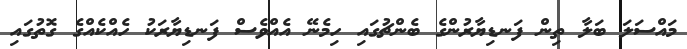
މައްސަލަ ބަލާ ތިން ފަނޑިޔާރުންގެ ބެންޗުގައި ހިމެނޭ އެއްވެސް ފަނޑިޔާރަކު ހެއްކެއްގެ ގޮތުގައި